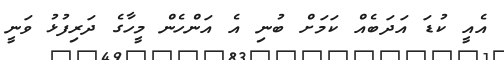
އެއީ ކުޑަ އަދަބެއް ކަމަށް ބުނި އެ އަންހެން މީހާގެ ދަރިފުޅު ވަނީ